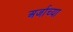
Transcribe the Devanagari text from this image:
अर्जाच्या